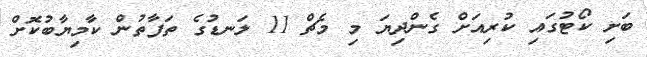
ބަށި ކޯޓުގައި ކުރިއަށް ގެންދިޔަ މި މެޗް 11 ލަނޑުގެ ތަފާތުން ކާމިޔާބުކޮށް